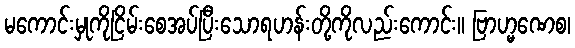
မကောင်းမှုကိုငြိမ်းစေအပ်ပြီးသောရဟန်းတို့ကိုလည်းကောင်း။ ဗြာဟ္မဏေစ၊